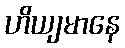
ဟိယျမာနေ